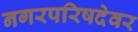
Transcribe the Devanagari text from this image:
नगरपरिषदेवर